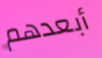
أبعدهم